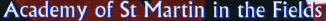
Academy of St Martin in the Fields